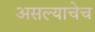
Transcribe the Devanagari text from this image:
असल्याचेच